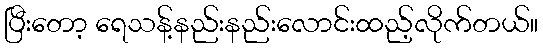
ပြီးတော့ ရေသန့်နည်းနည်းလောင်းထည့်လိုက်တယ်။